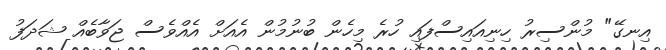
އިނގޭ" މުންސިރު ހިނިއައިސްފައި ހުރެ މިހެން ބުނުމުން އެއަށް އެއްވެސް ޖަވާބެއް ޝަދަފު